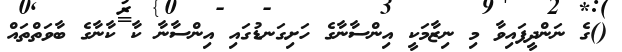
()ގެ ނަންދީފައިވާ މި ނިޒާމަކީ އިންސާނާގެ ހަށިގަނޑުގައި އިންސާނާ ކާ ކާނާގެ ބާވަތްތައް